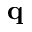
\mathbf { q }